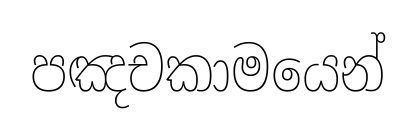
පඤචකාමයෙන්